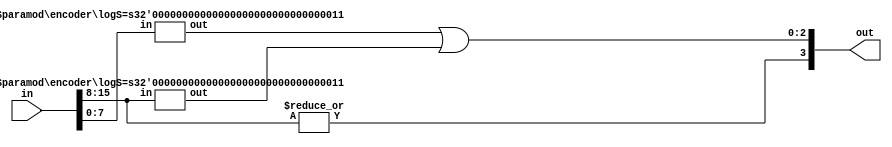
module encoder
#(
	parameter logS=4
)
(
	in,
	out
);
	
	localparam S = 2**logS;
	input [S-1:0] in;
	output [logS-1:0] out;
	
	wire [logS-1:0] out0;
	wire [logS-1:0] out1;
	
	generate 
		if(logS == 1)begin : if_out
			assign out = in[1];
		end
		else begin : else_out
			encoder 
			#(
				.logS(logS-1)
			)
			encoder0
			(
				.in(in[S/2-1:0]),
				.out(out0[logS-2:0])
			);
			
			encoder 
			#(
				.logS(logS-1)
			)
			encoder1
			(
				.in(in[S-1:S/2]),
				.out(out1[logS-2:0])
			);
			
			assign out = {|in[S-1:S/2], out0[logS-2:0]|out1[logS-2:0]};
		end
	endgenerate

endmodule